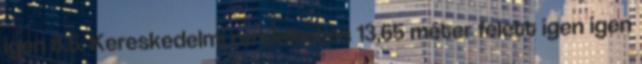
igen 8.5. Kereskedelmi rendeltetés 13,65 méter felett igen igen